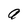
Character: a